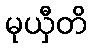
မုယှီတိ